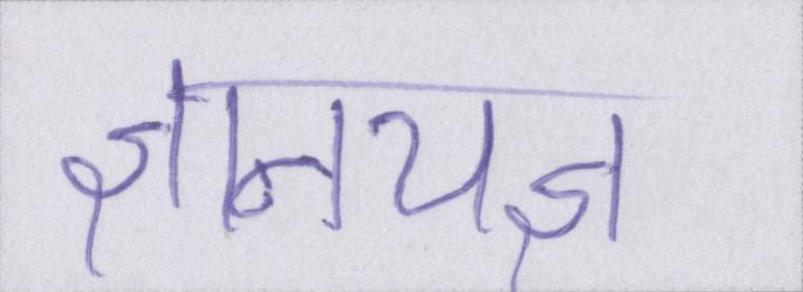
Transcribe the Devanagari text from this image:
ज्ञानयज्ञ